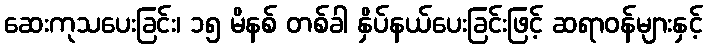
ဆေးကုသပေးခြင်း၊ ၁၅ မိနစ် တစ်ခါ နှိပ်နယ်ပေးခြင်းဖြင့် ဆရာဝန်များနှင့်